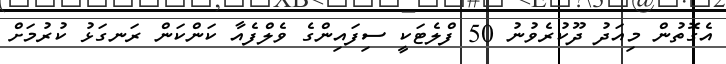
އެގޮތުން މިއަދު ދޫކުރެވުނު 50 ފްލެޓަކީ ސިފައިންގެ ވެލްފެއާ ކަންކަން ރަނގަޅު ކުރުމަށް